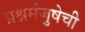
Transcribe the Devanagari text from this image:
प्रश्नमंजुषेची